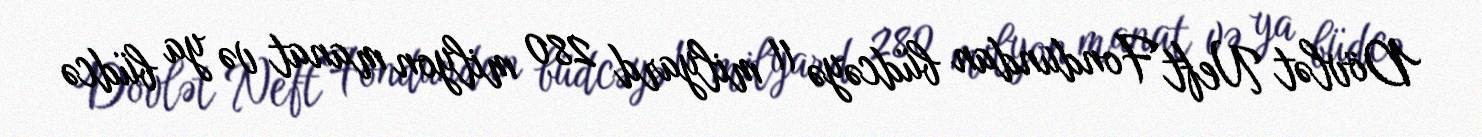
Dövlət Neft Fondundan büdcəyə 11 milyard 280 milyon manat və ya büdcə